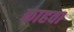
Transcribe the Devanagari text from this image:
काहवा